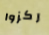
ركزوا